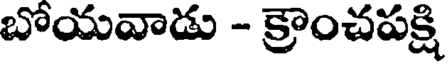
బోయవాడు - క్రాంచపక్షి